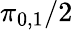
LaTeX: \pi_{0,1}/2